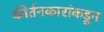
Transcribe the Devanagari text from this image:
कीर्तनकारांकडून